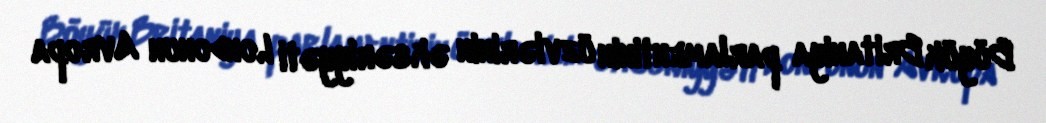
Böyük Britaniya parlamentinin üzvlərinin əksəriyyəti Londonun Avropa